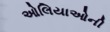
ઓલિયાઓની